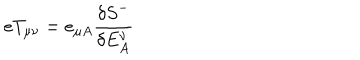
LaTeX: e T _ { \mu \nu } = e _ { \mu A } \frac { \delta { S } ^ { - } } { \delta E _ { A } ^ { \nu } }